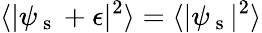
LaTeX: \langle|\psi_{\mathrm{~s~}}+\epsilon|^{2}\rangle=\langle|\psi_{\mathrm{~s~}}|^{2}\rangle